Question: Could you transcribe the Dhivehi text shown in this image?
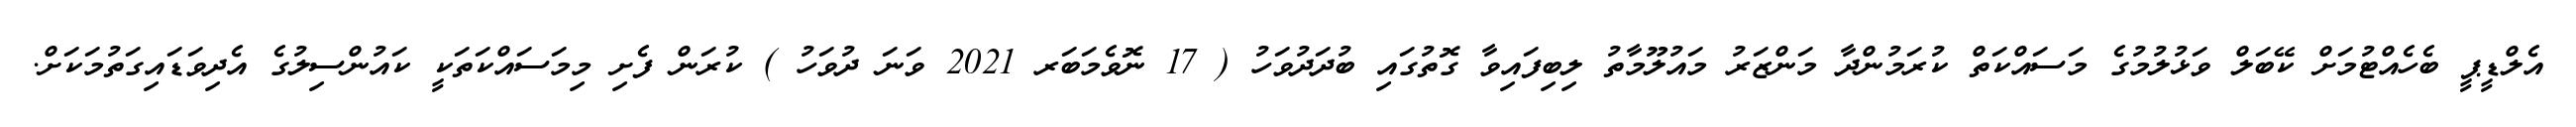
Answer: އެލްޑީޕީ ބެހެއްޓުމަށް ކޭބަލް ވަޅުލުމުގެ މަސައްކަތް ކުރަމުންދާ މަންޒަރު މައުލޫމާތު ލިބިފައިވާ ގޮތުގައި ބުދަދުވަހު ( 17 ނޮވެމަބަރ 2021 ވަނަ ދުވަހު ) ކުރަން ފެށި މިމަސައްކަތަކީ ކައުންސިލުގެ އެދިވަޑައިގަތުމަކަށް.